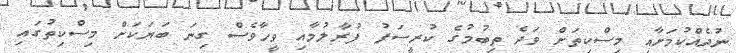
ނުދެއްކުމަށާއި މިސްކިތަށް ވަދެ ތިބުމުގެ ކުރީސަފު ފުރާލުމާއި ވީހާވެސް ގިނަ ބަޔަކަށް މިސްކިތުގައި